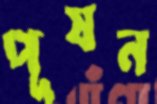
পূষন